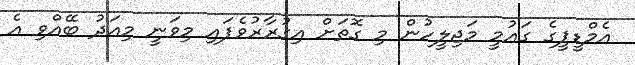
އެމްޑީޕީގެ ގައުމީ މަޖިލީހުން މި ގޮތަށް އިގުރާރުވެފައި މިވަނީ މިއަދު ބޭއްވި އެ